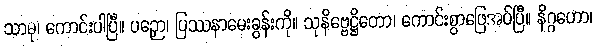
သာဓု၊ ကောင်းပါပြီ။ ပဉှော၊ ပြဿနာမေးခွန်းကို။ သုနိဗ္ဗေဋ္ဌိတော၊ ကောင်းစွာဖြေအပ်ပြီ။ နိဂ္ဂဟော၊